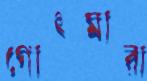
গোৎমারা